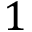
1